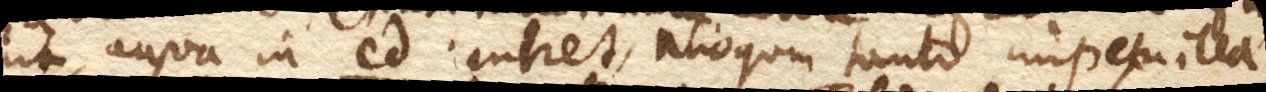
ut aqua in cd. intret, alioquin tanto impetu illa–